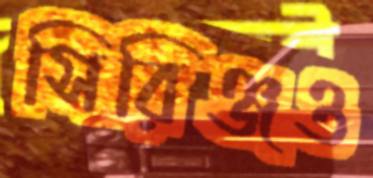
সিরিঞ্জও